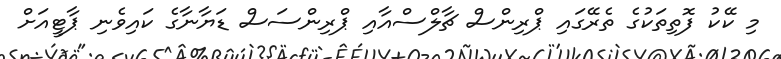
މި ކޭކު ފޮތިތަކުގެ ތެރޭގައި ޕްރިންސް ޗާލްސްއާއި ޕްރިންސަސް ޑަޔާނާގެ ކައިވެނި ޕާޓީއަށް